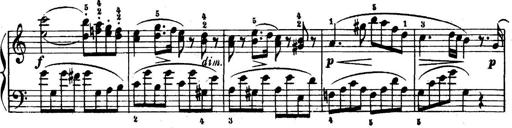
Title: 6 Piano Sonatinas
Composer: Cornelius Gurlitt